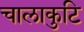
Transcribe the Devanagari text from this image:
चालाकुटि